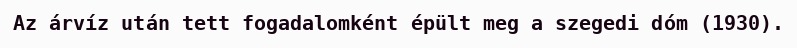
Az árvíz után tett fogadalomként épült meg a szegedi dóm (1930).